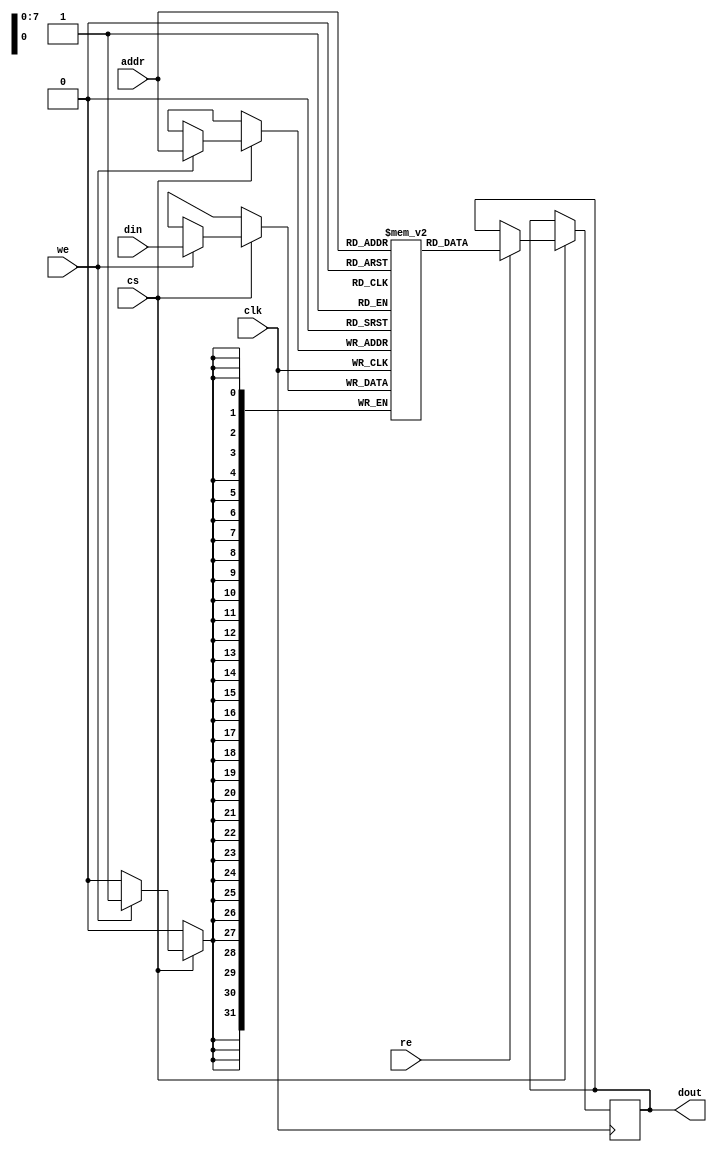
module bram #(
    parameter ADDR_WIDTH = 8,  // Number of address bits
    parameter DATA_WIDTH = 32,  // Data width in bits
    parameter DEPTH = (1 << ADDR_WIDTH)  // Total number of memory locations
) (
    input wire clk,                // Clock signal
    input wire cs,                 // Chip select
    input wire we,                 // Write enable
    input wire re,                 // Read enable
    input wire [ADDR_WIDTH-1:0] addr,  // Address input
    input wire [DATA_WIDTH-1:0] din,    // Data input
    output reg [DATA_WIDTH-1:0] dout   // Data output
);

    // Memory array
    reg [DATA_WIDTH-1:0] mem[0:DEPTH-1];

    // Initial block for memory initialization (optional)
    initial begin
        // Optionally initialize memory with default values
        // mem[0] = 32'h00000000; // Example initialization
        // Add more initializations as needed
    end

    // Read and Write operations
    always @(posedge clk) begin
        if (cs) begin
            if (we) begin
                mem[addr] <= din;  // Write operation
            end
            if (re) begin
                dout <= mem[addr]; // Read operation
            end
        end
    end

endmodule